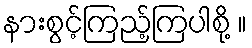
နားစွင့်ကြည့်ကြပါစို့ ။